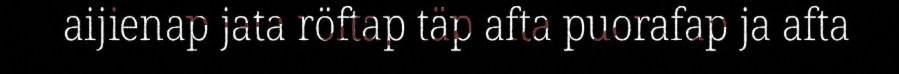
aijienap jata röftap täp afta puorafap ja afta